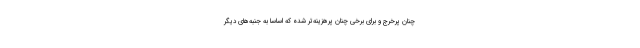
چنان پرخرج و برای برخی چنان پرهزینه‌تر شده که اساسا به جنبه‌های دیگر